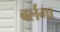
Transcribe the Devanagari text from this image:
बर्लंगा